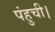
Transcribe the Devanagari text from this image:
पंहुची।